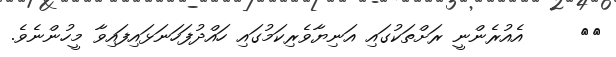
١١     އެއުރެންނީ ރަށްތަކުގައި އަނިޔާވެރިކަމުގައި ހައްދުފަހަނަޅައިފައިވާ މީހުންނެވެ.